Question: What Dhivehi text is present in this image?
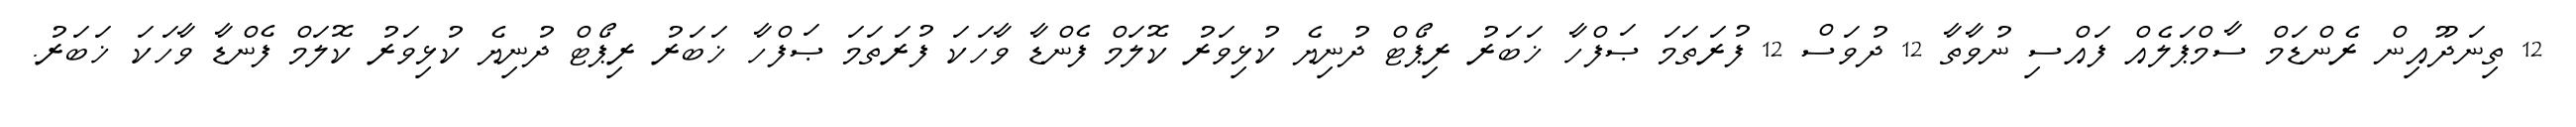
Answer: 12 ތިނަދޫއިން ރެންޑަމް ސާމްޕަލެއް ފައްސި ނުވާތާ 12 ދުވަސް 12 ފުރަތަމަ ޞަފްހާ ޚަބަރު ރިޕޯޓް ދުނިޔެ ކުޅިވަރު ކޮލަމް ފެންޑާ ވާހަކަ ފުރަތަމަ ޞަފްހާ ޚަބަރު ރިޕޯޓް ދުނިޔެ ކުޅިވަރު ކޮލަމް ފެންޑާ ވާހަކަ ޚަބަރު.